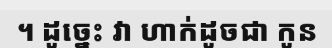
។ ដូច្នេះ វា ហាក់ដូចជា កូន